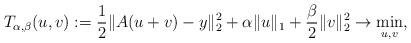
LaTeX: \begin{align*}T_{\alpha,\beta}(u,v) := \frac{1}{2}\|A(u+v)-y\|_2^2 + \alpha\|u\|_1 + \frac{\beta}{2}\|v\|_2^2 \to \min_{u,v},\end{align*}